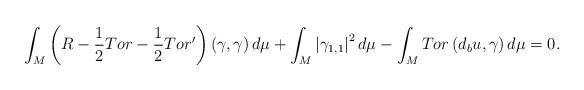
LaTeX: \begin{align*}\int_{M}\left( R-\frac{1}{2}Tor-\frac{1}{2}Tor^{\prime }\right) \left(\gamma ,\gamma \right) d\mu +\int_{M}\left\vert \gamma _{1,1}\right\vert^{2}d\mu -\int_{M}Tor\left( d_{b}u,\gamma \right) d\mu =0. \end{align*}